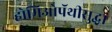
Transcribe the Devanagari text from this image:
होमिओपॅथीसुद्धा